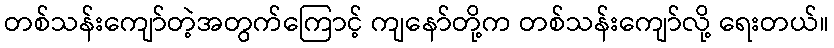
တစ်သန်းကျော်တဲ့အတွက်ကြောင့် ကျနော်တို့က တစ်သန်းကျော်လို့ ရေးတယ်။